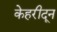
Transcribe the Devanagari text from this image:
केहरीदून